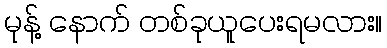
မုန့် နောက် တစ်ခုယူပေးရမလား။